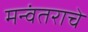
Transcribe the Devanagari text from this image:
मन्वंतराचे